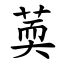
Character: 䓴